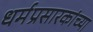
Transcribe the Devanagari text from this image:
धर्मप्रसारकांच्या